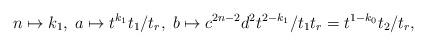
LaTeX: \begin{align*}n\mapsto k_1,\; a\mapsto t^{k_1}t_1/t_r,\;b\mapsto c^{2n-2}d^2t^{2-k_1}/t_1t_r=t^{1-k_0}t_2/t_r,\end{align*}